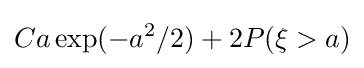
Ca\exp(-a^{2}/2)+2P(\xi >a)